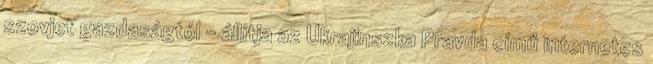
szovjet gazdaságtól - állítja az Ukrajinszka Pravda című internetes